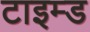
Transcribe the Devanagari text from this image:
टाइम्ड